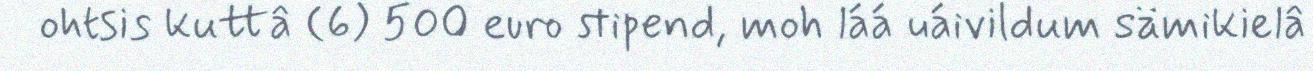
ohtsis kuttâ (6) 500 euro stipend, moh láá uáivildum sämikielâ